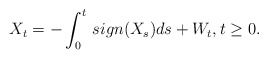
\begin{align*} X_t=-\int_0^t \operatorname{}{sign}(X_s)ds+W_t,t\geq 0.\end{align*}